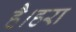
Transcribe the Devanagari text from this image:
है।हरा